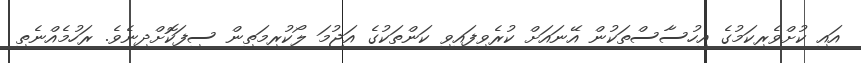
އައި ކުށްވެރިކަމުގެ އިހުސާސްތަކުން އޭނައަށް ކުރެވިފައިވި ކަންތަކުގެ އަޖުމަ ލޯކުރިމަތިން ސިފަކޮށްދިނެވެ. ރަހުމެއްނެތި